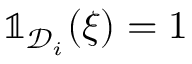
\mathbb { 1 } _ { \mathcal { D } _ { i } } ( { \boldsymbol { \xi } } ) = 1